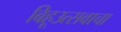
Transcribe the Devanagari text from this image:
बिहूउत्सवाचा